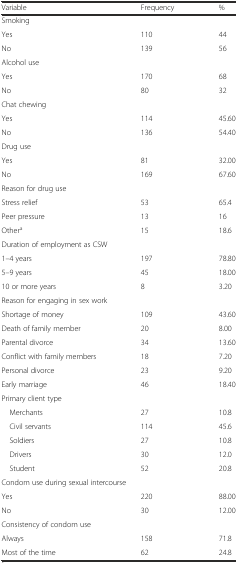
<table><thead><tr><td><b>Variable</b></td><td><b>Frequency</b></td><td><b>%</b></td></tr></thead><tbody><tr><td colspan="3">Smoking</td></tr><tr><td>Yes</td><td>110</td><td>44</td></tr><tr><td>No</td><td>139</td><td>56</td></tr><tr><td colspan="3">Alcohol use</td></tr><tr><td>Yes</td><td>170</td><td>68</td></tr><tr><td>No</td><td>80</td><td>32</td></tr><tr><td colspan="3">Chat chewing</td></tr><tr><td>Yes</td><td>114</td><td>45.60</td></tr><tr><td>No</td><td>136</td><td>54.40</td></tr><tr><td colspan="3">Drug use</td></tr><tr><td>Yes</td><td>81</td><td>32.00</td></tr><tr><td>No</td><td>169</td><td>67.60</td></tr><tr><td colspan="3">Reason for drug use</td></tr><tr><td>Stress relief</td><td>53</td><td>65.4</td></tr><tr><td>Peer pressure</td><td>13</td><td>16</td></tr><tr><td>Other<sup>a</sup></td><td>15</td><td>18.6</td></tr><tr><td colspan="3">Duration of employment as CSW</td></tr><tr><td>1–4 years</td><td>197</td><td>78.80</td></tr><tr><td>5–9 years</td><td>45</td><td>18.00</td></tr><tr><td>10 or more years</td><td>8</td><td>3.20</td></tr><tr><td colspan="3">Reason for engaging in sex work</td></tr><tr><td>Shortage of money</td><td>109</td><td>43.60</td></tr><tr><td>Death of family member</td><td>20</td><td>8.00</td></tr><tr><td>Parental divorce</td><td>34</td><td>13.60</td></tr><tr><td>Conflict with family members</td><td>18</td><td>7.20</td></tr><tr><td>Personal divorce</td><td>23</td><td>9.20</td></tr><tr><td>Early marriage</td><td>46</td><td>18.40</td></tr><tr><td colspan="3">Primary client type</td></tr><tr><td> Merchants</td><td>27</td><td>10.8</td></tr><tr><td> Civil servants</td><td>114</td><td>45.6</td></tr><tr><td> Soldiers</td><td>27</td><td>10.8</td></tr><tr><td> Drivers</td><td>30</td><td>12.0</td></tr><tr><td> Student</td><td>52</td><td>20.8</td></tr><tr><td colspan="3">Condom use during sexual intercourse</td></tr><tr><td>Yes</td><td>220</td><td>88.00</td></tr><tr><td>No</td><td>30</td><td>12.00</td></tr><tr><td colspan="3">Consistency of condom use</td></tr><tr><td>Always</td><td>158</td><td>71.8</td></tr><tr><td>Most of the time</td><td>62</td><td>24.8</td></tr></tbody></table>